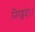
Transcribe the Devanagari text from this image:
निरद्वंद।।